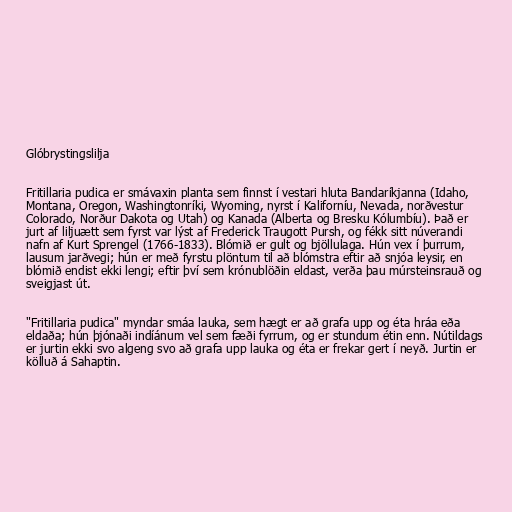
Glóbrystingslilja

Fritillaria pudica er smávaxin planta sem finnst í vestari hluta Bandaríkjanna (Idaho,
Montana, Oregon, Washingtonríki, Wyoming, nyrst í Kaliforníu, Nevada, norðvestur
Colorado, Norður Dakota og Utah) og Kanada (Alberta og Bresku Kólumbíu). Það er
jurt af liljuætt sem fyrst var lýst af Frederick Traugott Pursh, og fékk sitt núverandi
nafn af Kurt Sprengel (1766-1833). Blómið er gult og bjöllulaga. Hún vex í þurrum,
lausum jarðvegi; hún er með fyrstu plöntum til að blómstra eftir að snjóa leysir, en
blómið endist ekki lengi; eftir því sem krónublöðin eldast, verða þau múrsteinsrauð og
sveigjast út.

"Fritillaria pudica" myndar smáa lauka, sem hægt er að grafa upp og éta hráa eða
eldaða; hún þjónaði indíánum vel sem fæði fyrrum, og er stundum étin enn. Nútildags
er jurtin ekki svo algeng svo að grafa upp lauka og éta er frekar gert í neyð. Jurtin er
kölluð á Sahaptin.